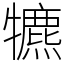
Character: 犥